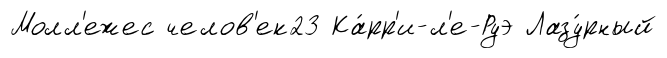
Молл'ежес челов'ек23 Ка́рр'и-л'е-Руэ Лазу́рный